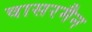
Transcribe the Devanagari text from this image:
वासरमैन